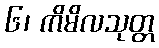
၆၊ ကိမိလသုတ္တ